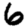
Digit: 6